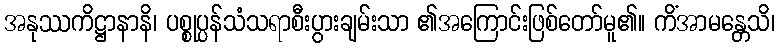
အနုဿကိဋ္ဌာနာနိ၊ ပစ္စုပ္ပန်သံသရာစီးပွားချမ်းသာ ၏အကြောင်းဖြစ်တော်မူ၏။ ကိံအာမန္တေသိ၊